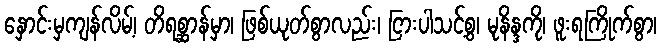
နှောင်းမှကျန်လိမ့်၊ တိရစ္ဆာန်မှာ၊ ဖြစ်ယုတ်စွာလည်း၊ ငြားပါသင့်စွ၊ မုနိန္ဒကို၊ ဖူးရကြိုက်စွာ၊